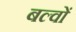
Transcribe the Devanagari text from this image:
बल्वों